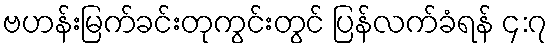
ဗဟန်းမြက်ခင်းတုကွင်းတွင် ပြန်လက်ခံရန် ၄:၇